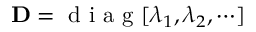
{ \bf D } = \mathrm { ~ d ~ i ~ a ~ g ~ } [ \lambda _ { 1 } , \lambda _ { 2 } , \cdots ]